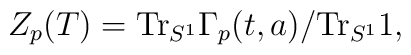
Z_p(T) = \mbox{Tr}_{S^1}\Gamma_p(t,a)/\mbox{Tr}_{S^1} 1,